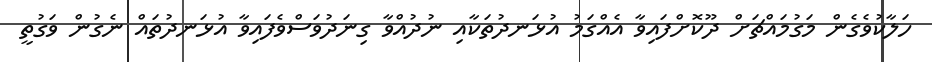
ހަލާކުވެގެން މަގުމައްޗަށް ދޫކޮށްފައިވާ އެއްގަމު އުޅަނދުތަކާއި ނުދުއްވާ ގިނަދުވަސްވެފައިވާ އުޅަނދުތައް ނެގުން ވަގުތީ